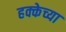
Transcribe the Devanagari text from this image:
हक्केच्या